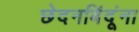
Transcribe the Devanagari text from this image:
छेदनबिंदूंना